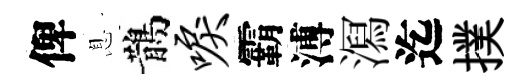
俾息鵲唳霸溥㵼迄撲